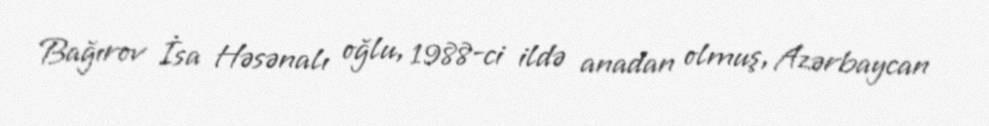
Bağırov İsa Həsənalı oğlu, 1988-ci ildə anadan olmuş, Azərbaycan